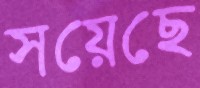
সয়েছে